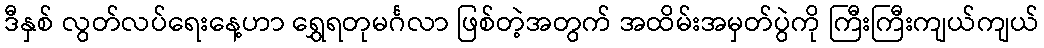
ဒီနှစ် လွတ်လပ်ရေးနေ့ဟာ ရွှေရတုမင်္ဂလာ ဖြစ်တဲ့အတွက် အထိမ်းအမှတ်ပွဲကို ကြီးကြီးကျယ်ကျယ်